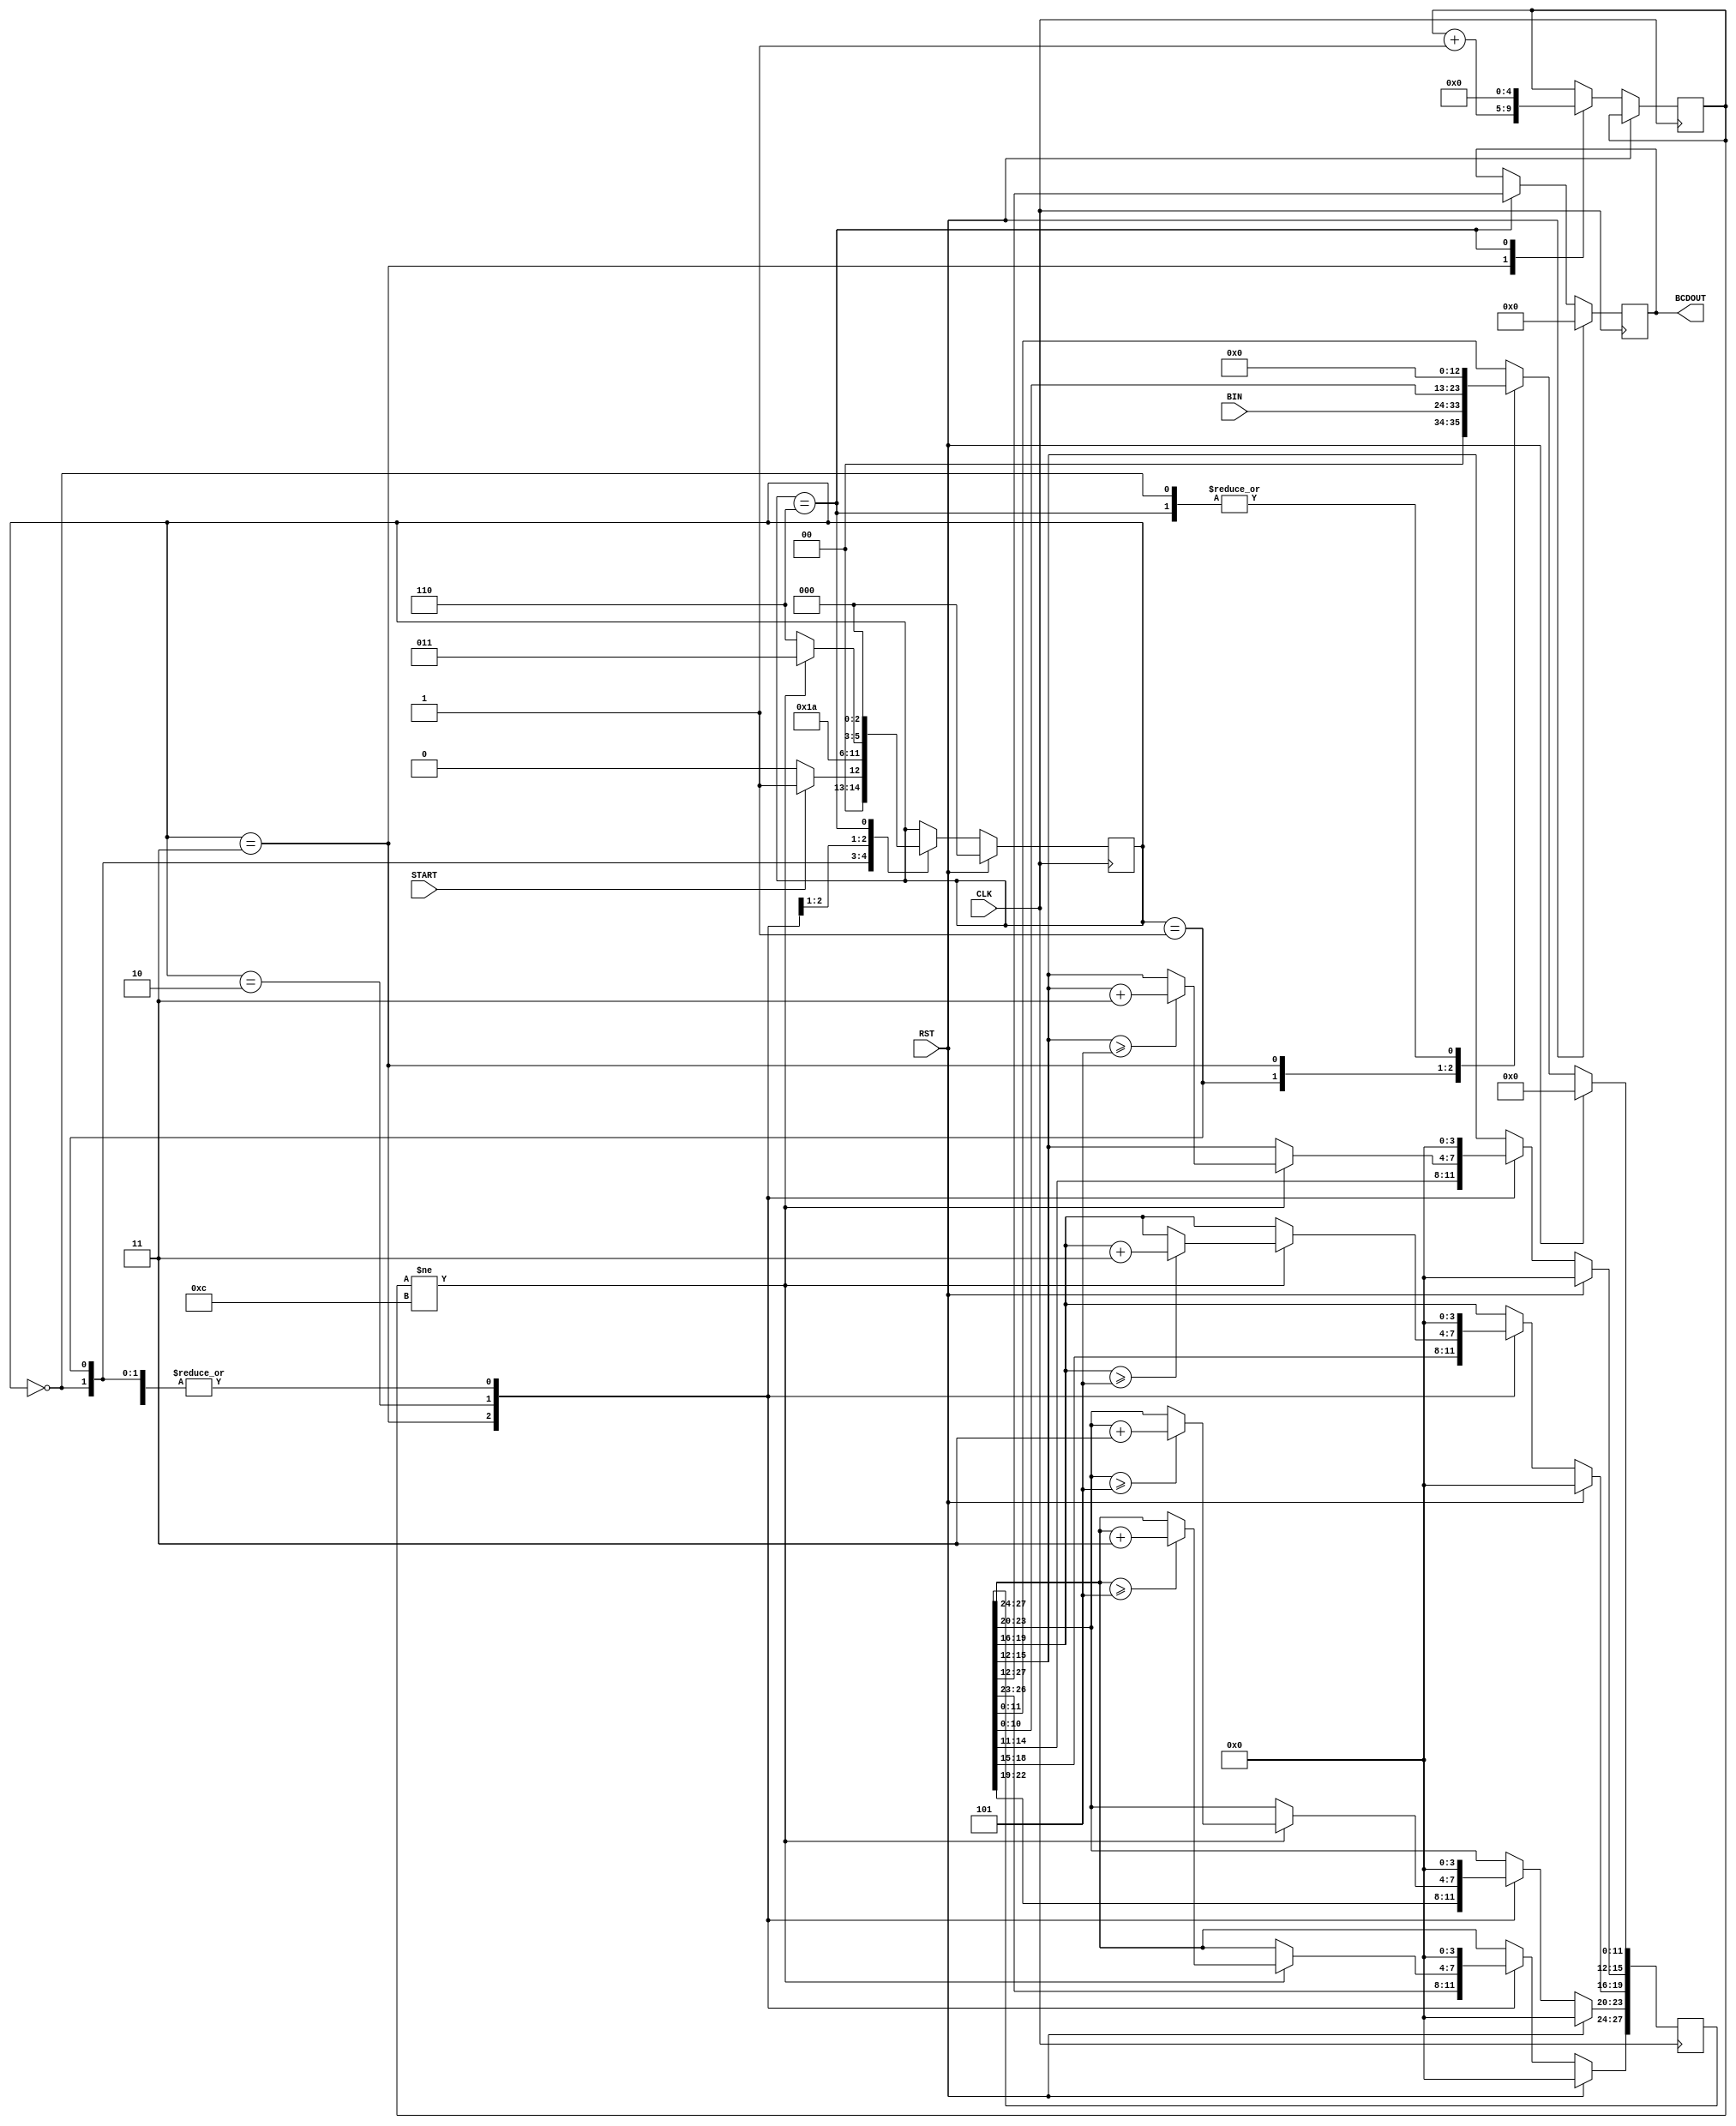
`timescale 1ns / 1ps
//////////////////////////////////////////////////////////////////////////////////
// Company: 
// Engineer: 
// 
// Design Name: 
// Module Name:    Binary_To_BCD 
// Project Name: 
// Target Devices: 
// Tool versions: 
// Description: 
//
// Dependencies: 
//
// Revision: 
// Revision 0.01 - File Created
// Additional Comments: 
//
//////////////////////////////////////////////////////////////////////////////////
module Binary_To_BCD(
			CLK,
			RST,
			START,
			BIN,
			BCDOUT
	);


	// ===========================================================================
	// 										Port Declarations
	// ===========================================================================
			input CLK;						// 100Mhz CLK
			input RST;						// Reset
			input START;					// Signal to initialize conversion
			input [9:0] BIN;				// Binary value to be converted
			output [15:0] BCDOUT;		// 4 digit binary coded decimal output


	// ===========================================================================
	// 							  Parameters, Regsiters, and Wires
	// ===========================================================================
			// FSM States
			parameter [2:0] Idle = 3'b000,
								 Init = 3'b001,
								 Shift = 3'b011,
								 Check = 3'b010,
								 Done = 3'b110;
			
			reg [15:0] BCDOUT = 16'h0000;		// Output BCD values, contains 4 digits
			
			reg [4:0] shiftCount = 5'b00000;	// Stores number of shifts executed
			reg [27:0] tmpSR;						// Temporary shift regsiter

			reg [2:0] STATE = Idle;				// Present state
			
			


	// ===========================================================================
	// 										Implementation
	// ===========================================================================


			//------------------------------
			//		  Binary to BCD FSM
			//------------------------------
			always @(posedge CLK) begin
					if(RST == 1'b1) begin
							// Reset/clear values
							BCDOUT <= 16'h0000;
							tmpSR <= 28'h0000000;
							STATE <= Idle;
					end
					else begin

							case (STATE)
							
									// Idle State
									Idle : begin
											BCDOUT <= BCDOUT;								 	// Output does not change
											tmpSR <= 28'h0000000;							// Temp shift reg empty
											
											if(START == 1'b1) begin
													STATE <= Init;
											end
											else begin
													STATE <= Idle;
											end
									end

									// Init State
									Init : begin
											BCDOUT <= BCDOUT;									// Output does not change
											tmpSR <= {18'b000000000000000000, BIN};	// Copy input to lower 10 bits

											STATE <= Shift;
									end

									// Shift State
									Shift : begin
											BCDOUT <= BCDOUT;							// Output does not change
											tmpSR <= {tmpSR[26:0], 1'b0};			// Shift left 1 bit

											shiftCount <= shiftCount + 1'b1;		// Count the shift
											
											STATE <= Check;							// Check digits

									end

									// Check State
									Check : begin
											BCDOUT <= BCDOUT;							// Output does not change

											// Not done converting
											if(shiftCount != 5'd12) begin

													// Add 3 to thousands place
													if(tmpSR[27:24] >= 3'd5) begin
															tmpSR[27:24] <= tmpSR[27:24] + 2'd3;
													end

													// Add 3 to hundreds place
													if(tmpSR[23:20] >= 3'd5) begin
															tmpSR[23:20] <= tmpSR[23:20] + 2'd3;
													end
													
													// Add 3 to tens place
													if(tmpSR[19:16] >= 3'd5) begin
															tmpSR[19:16] <= tmpSR[19:16] + 2'd3;
													end
													
													// Add 3 to ones place
													if(tmpSR[15:12] >= 3'd5) begin
															tmpSR[15:12] <= tmpSR[15:12] + 2'd3;
													end

													STATE <= Shift;	// Shift again

											end
											// Done converting
											else begin
													STATE <= Done;
											end
											
									end
									
									// Done State
									Done : begin
									
											BCDOUT <= tmpSR[27:12];	// Assign output the new BCD values
											tmpSR <= 28'h0000000;	// Clear temp shift register
											shiftCount <= 5'b00000; // Clear shift count

											STATE <= Idle;

									end
							endcase
					end
			end

endmodule